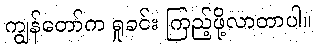
ကျွန်တော်က ရှုခင်း ကြည့်ဖို့လာတာပါ။